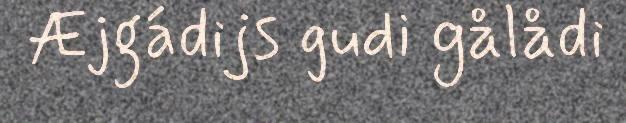
Æjgádijs gudi gålådi